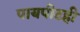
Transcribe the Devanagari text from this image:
पायपीटही